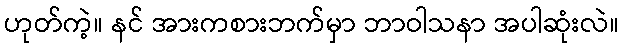
ဟုတ်ကဲ့။ နင် အားကစားဘက်မှာ ဘာဝါသနာ အပါဆုံးလဲ။